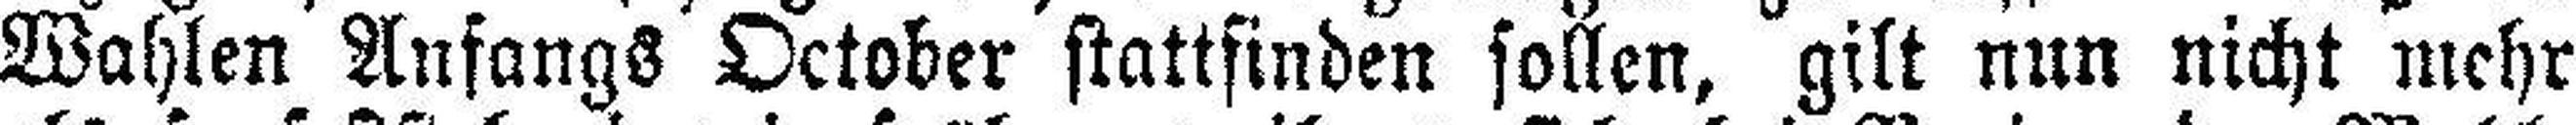
Wahlen Anfangs October stattfinden sollen, gilt nun nicht mehr